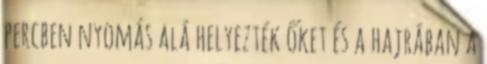
percben nyomás alá helyezték őket és a hajrában a